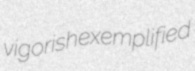
vigorish exemplified